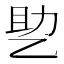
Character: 𰁂